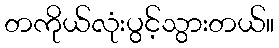
တကိုယ်လုံးပွင့်သွားတယ်။